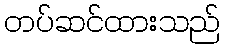
တပ်ဆင်ထားသည်